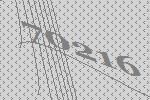
70216